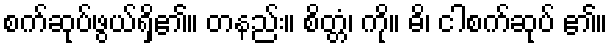
စက်ဆုပ်ဖွယ်ရှိ၏။ တနည်း။ စိတ္တံ၊ ကို။ ဓိ၊ ငါစက်ဆုပ် ၏။